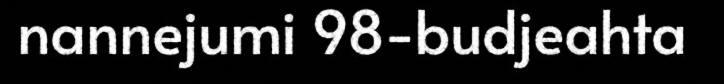
nannejumi 98-budjeahta